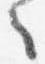
之